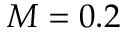
M = 0 . 2